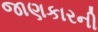
જાણકારની